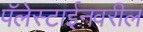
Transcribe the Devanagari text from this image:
पॅलेस्टाईनवरील